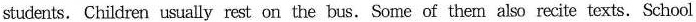
students. Children usually rest on the bus. Some of them also recite texts.School